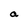
Character: a